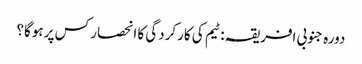
دورہ جنوبی افریقہ: ٹیم کی کارکردگی کا انحصار کس پر ہوگا؟